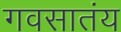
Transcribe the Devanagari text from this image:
गवसातंय